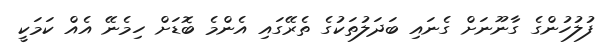
ފުލުހުންގެ ގާނޫނަށް ގެނައި ބަދަލުތަކުގެ ތެރޭގައި އެންމެ ބޮޑަށް ހިމެނޭ އެއް ކަމަކީ